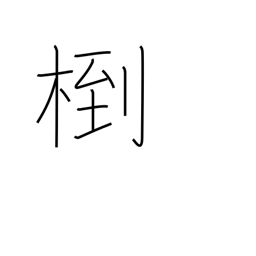
Meaning: (kokuji)